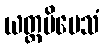
ယတ္ထပိမေသံ